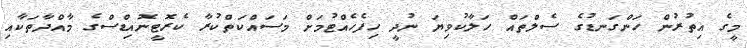
މީގެ އިތުރުން ހަންގަނޑުގެ ސެލްތައް ހަލާކުވިޔަ ނުދީ ހިފެހެއްޓުމަށް މަސައްކަތްކުރާ ކެރޮޓީނޮއިޑްސްގެ މާއްދާތަކާއި